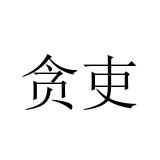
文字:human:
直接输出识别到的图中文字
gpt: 贪吏